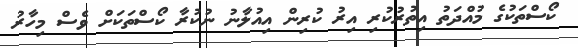
ކޯސްތަކުގެ މުއްދަތު އިތުރުކުރި އިރު ކުރިން އިއުލާނު ނުކުރާ ކޯސްތަކަށް ވެސް މިހާރު